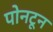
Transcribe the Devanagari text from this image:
पोनटून